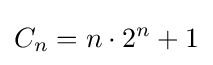
C_{n}=n\cdot 2^{n}+1